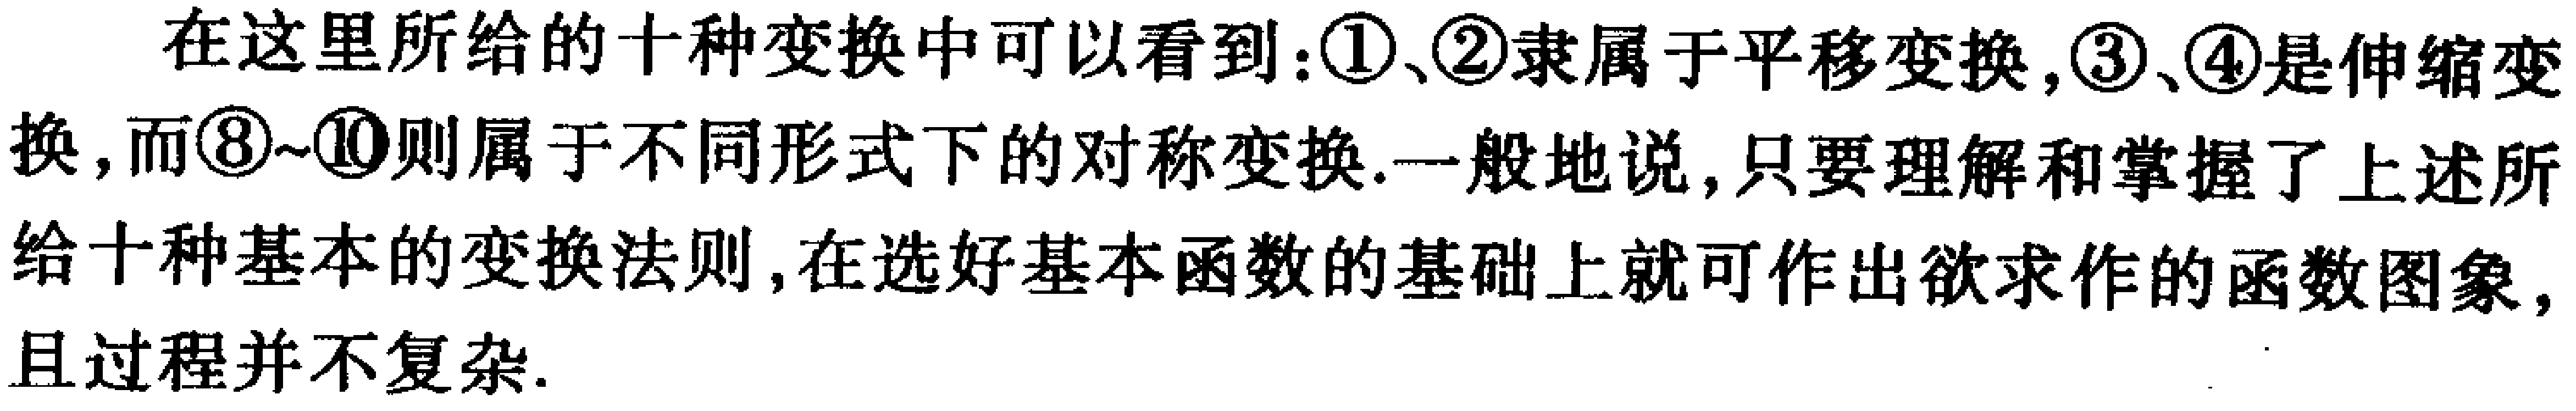
在这里所给的十种变换中可以看到：\textcircled{1}、\textcircled{2}隶属于平移变换，\textcircled{3}、\textcircled{4}是伸缩变换，而\textcircled{8}~\textcircled{10}则属于不同形式下的对称变换.一般地说，只要理解和掌握了上述所给十种基本的变换法则，在选好基本函数的基础上就可作出欲求作的函数图象，且过程并不复杂.